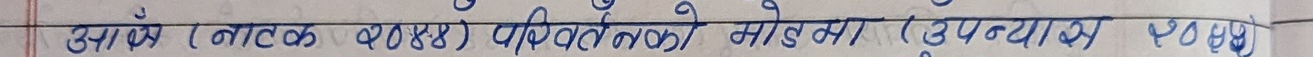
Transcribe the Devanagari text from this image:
उसमें (नाटक २०४४) परिवर्तन को मोडमा (उपन्यास) ३४ पृष्ठ